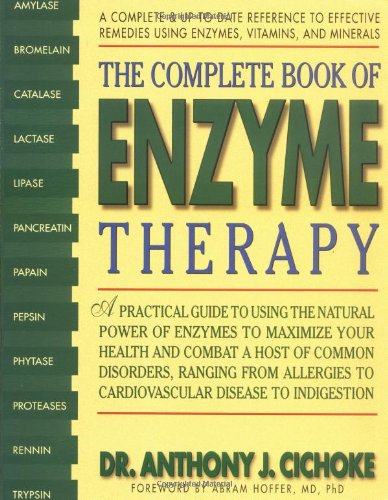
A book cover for The Complete Book of Enzyme Therapy: A Complete and Up-to-Date Reference to Effective Remedies; Anthony J. Cichoke; Medical Books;